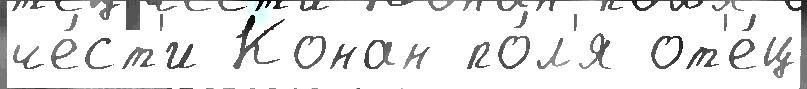
че́ст'и Конан по́л'я от'е́ц